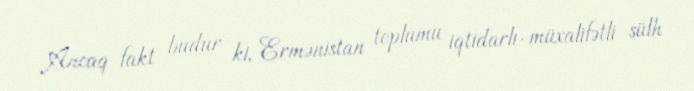
Ancaq fakt budur ki, Ermənistan toplumu iqtidarlı-müxalifətli sülh